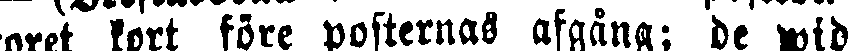
toret kort före posternas afgång; de wid